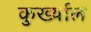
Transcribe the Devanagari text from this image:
कुर्ख्याल